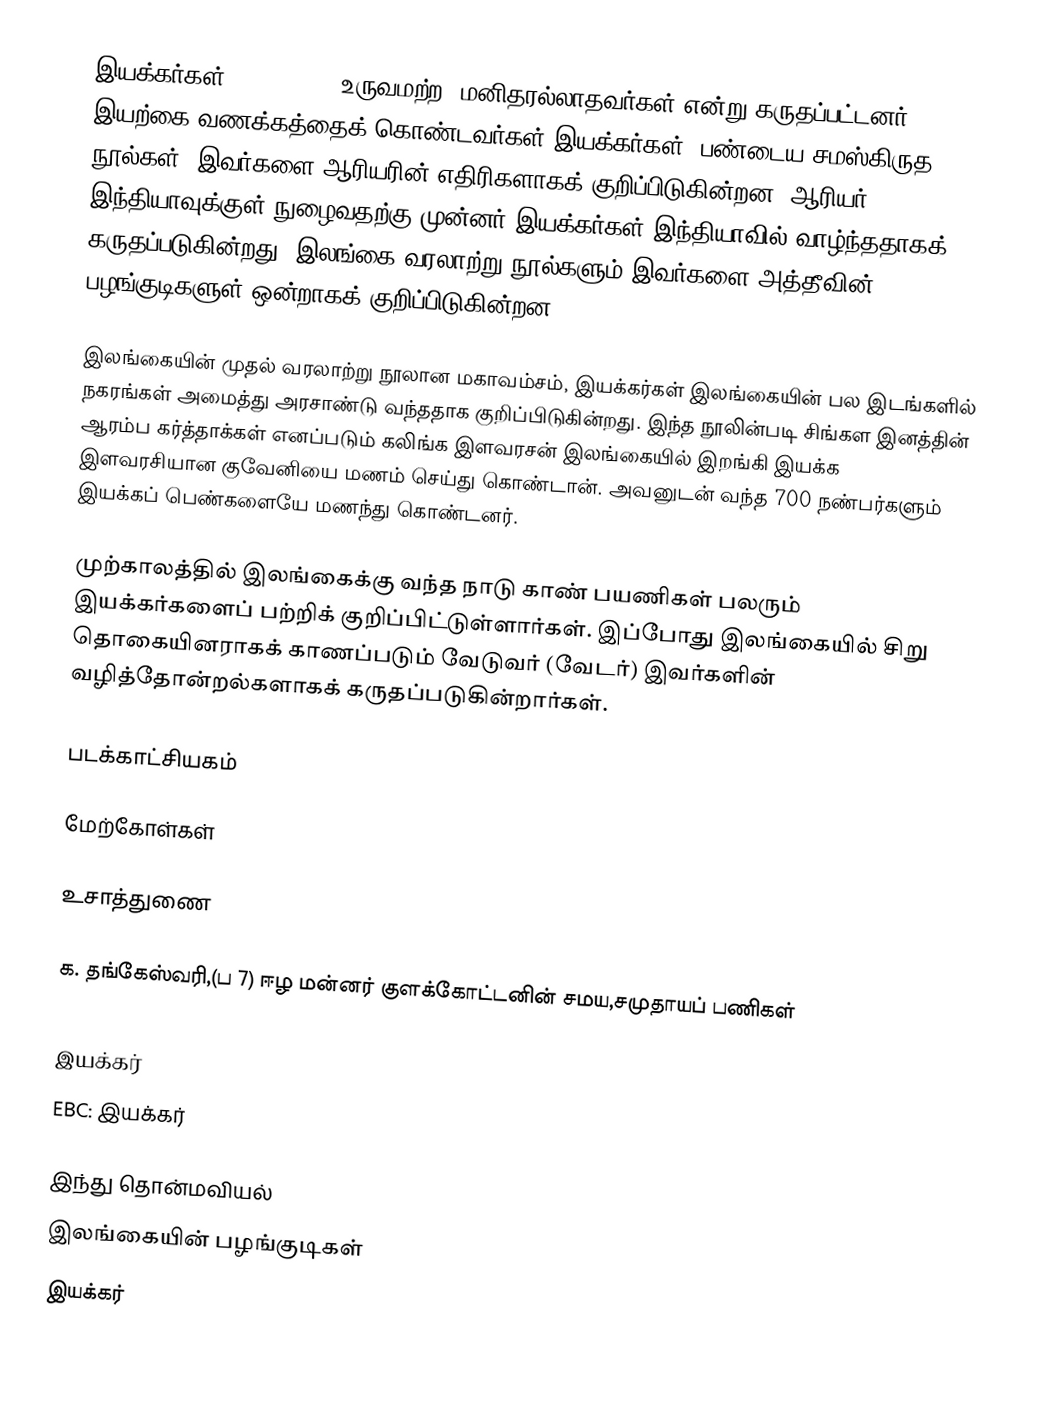
இயக்கர்கள் (Yaksha), (  உருவமற்ற, மனிதரல்லாதவர்கள் என்று கருதப்பட்டனர். இயற்கை வணக்கத்தைக் கொண்டவர்கள் இயக்கர்கள்.  பண்டைய சமஸ்கிருத நூல்கள், இவர்களை ஆரியரின் எதிரிகளாகக் குறிப்பிடுகின்றன. ஆரியர் இந்தியாவுக்குள் நுழைவதற்கு முன்னர் இயக்கர்கள் இந்தியாவில் வாழ்ந்ததாகக் கருதப்படுகின்றது. இலங்கை வரலாற்று நூல்களும் இவர்களை அத்தீவின் பழங்குடிகளுள் ஒன்றாகக் குறிப்பிடுகின்றன.

இலங்கையின் முதல் வரலாற்று நூலான மகாவம்சம், இயக்கர்கள் இலங்கையின் பல இடங்களில் நகரங்கள் அமைத்து அரசாண்டு வந்ததாக குறிப்பிடுகின்றது. இந்த நூலின்படி சிங்கள இனத்தின் ஆரம்ப கர்த்தாக்கள் எனப்படும் கலிங்க இளவரசன் இலங்கையில் இறங்கி இயக்க இளவரசியான குவேனியை மணம் செய்து கொண்டான். அவனுடன் வந்த 700 நண்பர்களும் இயக்கப் பெண்களையே மணந்து கொண்டனர்.

முற்காலத்தில் இலங்கைக்கு வந்த நாடு காண் பயணிகள் பலரும் இயக்கர்களைப் பற்றிக் குறிப்பிட்டுள்ளார்கள். இப்போது இலங்கையில் சிறு தொகையினராகக் காணப்படும் வேடுவர் (வேடர்) இவர்களின் வழித்தோன்றல்களாகக் கருதப்படுகின்றார்கள்.

படக்காட்சியகம்

மேற்கோள்கள்

உசாத்துணை

க. தங்கேஸ்வரி,(ப 7) ஈழ மன்னர் குளக்கோட்டனின் சமய,சமுதாயப் பணிகள்
Dictionary of Hindu Lore and Legend () by Anna Dhallapiccola
 இயக்கர்
 EBC: இயக்கர்

இந்து தொன்மவியல்
இலங்கையின் பழங்குடிகள்
இயக்கர்